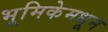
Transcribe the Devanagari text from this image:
भूमिकेमधून